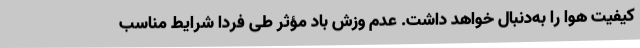
کیفیت هوا را به‌دنبال خواهد داشت. عدم وزش باد مؤثر طی فردا شرایط مناسب